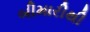
બીમારીથી